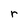
Character: r